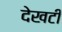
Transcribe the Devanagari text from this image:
देखटी